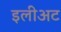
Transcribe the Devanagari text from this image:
इलीअट